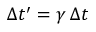
\Delta t ^ { \prime } = \gamma \, \Delta t